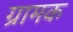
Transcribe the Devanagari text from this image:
ग्रामक